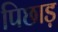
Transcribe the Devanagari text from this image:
पिछाड़